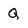
Character: Q